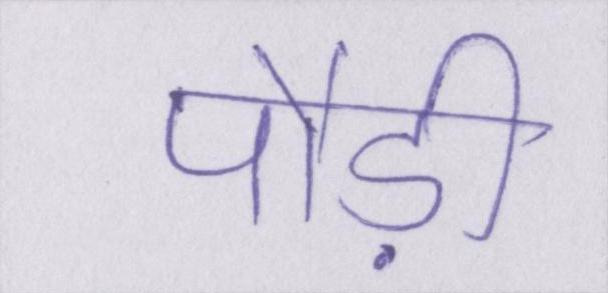
पौड़ी